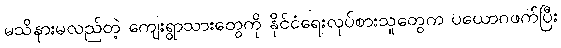
မသိနားမလည်တဲ့ ကျေးရွာသားတွေကို နိုင်ငံရေးလုပ်စားသူတွေက ပယောဂဖက်ပြီး